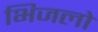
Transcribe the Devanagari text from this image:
भिजलो